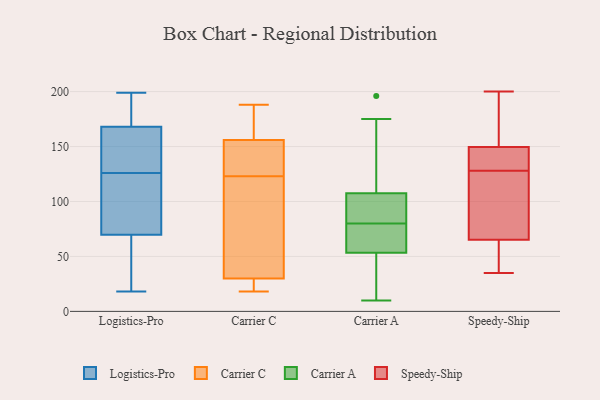
{"axis": {"x": "Budget (USD K)", "y": "Value"}, "legend": ["Carrier A", "Carrier C", "Logistics-Pro", "Speedy-Ship"], "data": [{"x": "", "y": 191, "type": "Logistics-Pro"}, {"x": "", "y": 126, "type": "Logistics-Pro"}, {"x": "", "y": 101, "type": "Logistics-Pro"}, {"x": "", "y": 18, "type": "Logistics-Pro"}, {"x": "", "y": 159, "type": "Logistics-Pro"}, {"x": "", "y": 199, "type": "Logistics-Pro"}, {"x": "", "y": 65, "type": "Logistics-Pro"}, {"x": "", "y": 84, "type": "Logistics-Pro"}, {"x": "", "y": 131, "type": "Logistics-Pro"}, {"x": "", "y": 171, "type": "Logistics-Pro"}, {"x": "", "y": 20, "type": "Logistics-Pro"}, {"x": "", "y": 156, "type": "Carrier C"}, {"x": "", "y": 148, "type": "Carrier C"}, {"x": "", "y": 18, "type": "Carrier C"}, {"x": "", "y": 131, "type": "Carrier C"}, {"x": "", "y": 188, "type": "Carrier C"}, {"x": "", "y": 19, "type": "Carrier C"}, {"x": "", "y": 30, "type": "Carrier C"}, {"x": "", "y": 115, "type": "Carrier C"}, {"x": "", "y": 183, "type": "Carrier C"}, {"x": "", "y": 78, "type": "Carrier C"}, {"x": "", "y": 196, "type": "Carrier A"}, {"x": "", "y": 27, "type": "Carrier A"}, {"x": "", "y": 100, "type": "Carrier A"}, {"x": "", "y": 68, "type": "Carrier A"}, {"x": "", "y": 10, "type": "Carrier A"}, {"x": "", "y": 86, "type": "Carrier A"}, {"x": "", "y": 91, "type": "Carrier A"}, {"x": "", "y": 80, "type": "Carrier A"}, {"x": "", "y": 54, "type": "Carrier A"}, {"x": "", "y": 130, "type": "Carrier A"}, {"x": "", "y": 175, "type": "Carrier A"}, {"x": "", "y": 51, "type": "Carrier A"}, {"x": "", "y": 57, "type": "Carrier A"}, {"x": "", "y": 148, "type": "Speedy-Ship"}, {"x": "", "y": 145, "type": "Speedy-Ship"}, {"x": "", "y": 128, "type": "Speedy-Ship"}, {"x": "", "y": 159, "type": "Speedy-Ship"}, {"x": "", "y": 119, "type": "Speedy-Ship"}, {"x": "", "y": 127, "type": "Speedy-Ship"}, {"x": "", "y": 35, "type": "Speedy-Ship"}, {"x": "", "y": 98, "type": "Speedy-Ship"}, {"x": "", "y": 149, "type": "Speedy-Ship"}, {"x": "", "y": 50, "type": "Speedy-Ship"}, {"x": "", "y": 60, "type": "Speedy-Ship"}, {"x": "", "y": 175, "type": "Speedy-Ship"}, {"x": "", "y": 67, "type": "Speedy-Ship"}, {"x": "", "y": 200, "type": "Speedy-Ship"}, {"x": "", "y": 143, "type": "Speedy-Ship"}, {"x": "", "y": 52, "type": "Speedy-Ship"}, {"x": "", "y": 151, "type": "Speedy-Ship"}]}